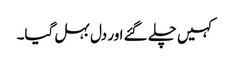
کہیں چلے گئے اور دل بہل گیا۔